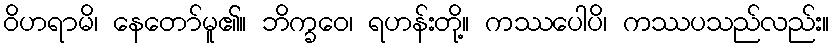
ဝိဟရာမိ၊ နေတော်မူ၏။ ဘိက္ခဝေ၊ ရဟန်းတို့။ ကဿပေါပိ၊ ကဿပသည်လည်း။